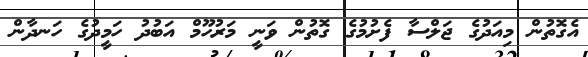
އެގޮތުން މިއަދުގެ ޖަލްސާ ފެށުމުގެ ގޮތުން ވަނީ މަރުހޫމް އަބުދު ހަމީދުގެ ހަނދާން